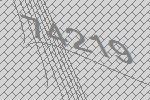
74219